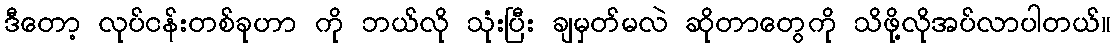
ဒီတော့ လုပ်ငန်းတစ်ခုဟာ ကို ဘယ်လို သုံးပြီး ချမှတ်မလဲ ဆိုတာတွေကို သိဖို့လိုအပ်လာပါတယ်။